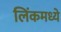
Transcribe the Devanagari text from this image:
लिंकमध्ये